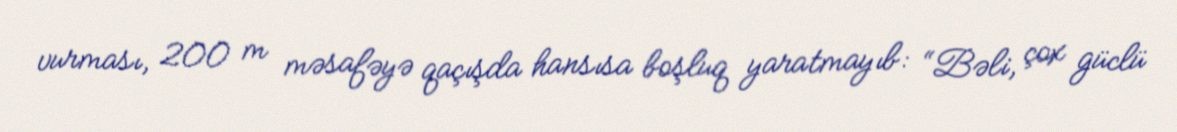
vurması, 200 m məsafəyə qaçışda hansısa boşluq yaratmayıb: “Bəli, çox güclü